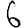
Digit: 6